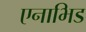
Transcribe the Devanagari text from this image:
एनाभिड